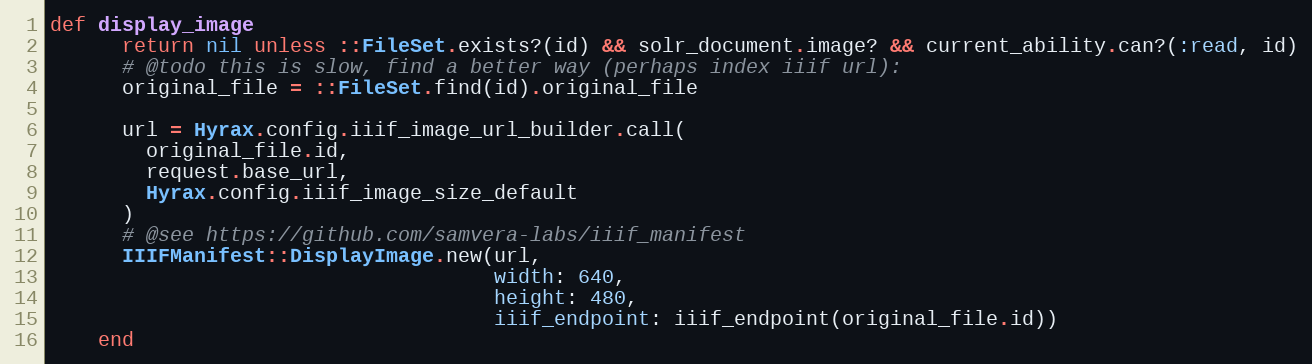
Language: Ruby
def display_image
      return nil unless ::FileSet.exists?(id) && solr_document.image? && current_ability.can?(:read, id)
      # @todo this is slow, find a better way (perhaps index iiif url):
      original_file = ::FileSet.find(id).original_file

      url = Hyrax.config.iiif_image_url_builder.call(
        original_file.id,
        request.base_url,
        Hyrax.config.iiif_image_size_default
      )
      # @see https://github.com/samvera-labs/iiif_manifest
      IIIFManifest::DisplayImage.new(url,
                                     width: 640,
                                     height: 480,
                                     iiif_endpoint: iiif_endpoint(original_file.id))
    end